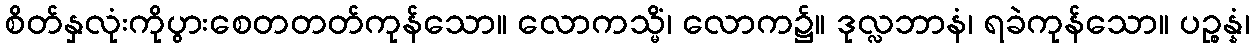
စိတ်နှလုံးကိုပွားစေတတတ်ကုန်သော။ လောကသ္မိံ၊ လောက၌။ ဒုလ္လဘာနံ၊ ရခဲကုန်သော။ ပဉ္စန္နံ၊